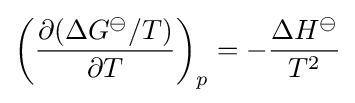
\left({\frac {\partial (\Delta G^{\ominus }/T)}{\partial T}}\right)_{p}=-{\frac {\Delta H^{\ominus }}{T^{2}}}